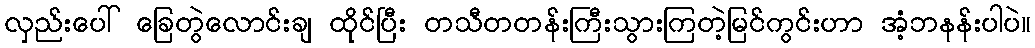
လှည်းပေါ် ခြေတွဲလောင်းချ ထိုင်ပြီး တသီတတန်းကြီးသွားကြတဲ့မြင်ကွင်းဟာ အံ့ဘနန်းပါပဲ။